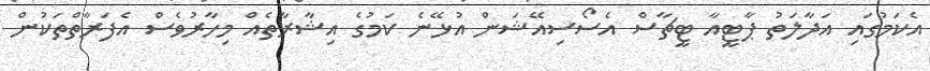
އެކަމުގައި އަދާލަތު ޕާޓީއާ ޓީޗާސް އެސޯސިއޭޝަން އުޅޭނެ ކަމުގެ އިޝާރާތެއް މިހާރުވެސް އެފަރާތްތަކުން